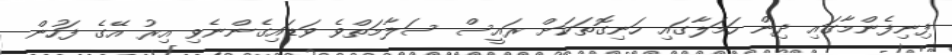
ފިނިފެންމާގައި ދިން ހަމަލާގައި ހަނިގޮތަކަށް ރައީސް ސަލާމަތްވެ ވަޑައިގެންނެވި އިރު އޭގެ ފަހުން